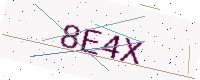
Text: 8E4X